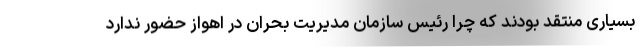
بسیاری منتقد بودند که چرا رئیس سازمان مدیریت بحران در اهواز حضور ندارد